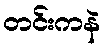
တင်းကနဲ